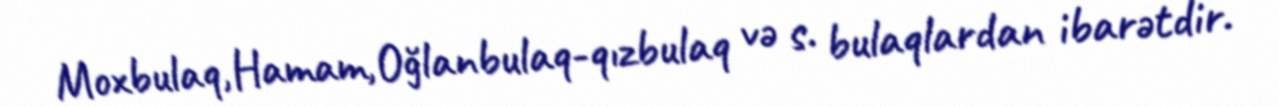
Moxbulaq,Hamam,Oğlanbulaq-qızbulaq və s. bulaqlardan ibarətdir.